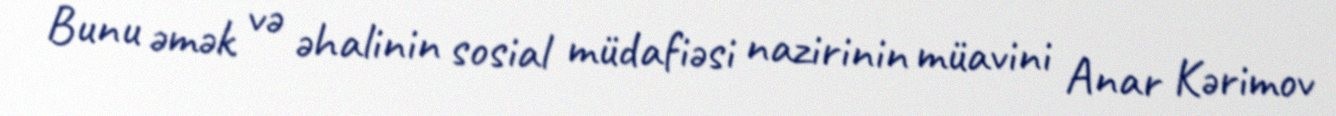
Bunu əmək və əhalinin sosial müdafiəsi nazirinin müavini Anar Kərimov